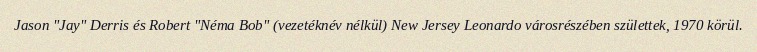
Jason "Jay" Derris és Robert "Néma Bob" (vezetéknév nélkül) New Jersey Leonardo városrészében születtek, 1970 körül.